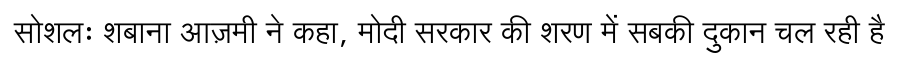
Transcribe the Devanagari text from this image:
सोशलः शबाना आज़मी ने कहा, मोदी सरकार की शरण में सबकी दुकान चल रही है